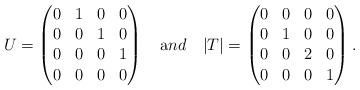
LaTeX: \begin{align*}U= \begin{pmatrix}0 & 1 & 0 & 0 \\0 & 0 & 1 & 0 \\0 & 0 & 0 & 1 \\0 & 0& 0 & 0 \end{pmatrix} \ \ \ {\text and } \ \ \ |T|= \begin{pmatrix}0& 0 & 0 & 0 \\0 & 1 & 0 & 0 \\0 & 0 & 2 & 0 \\0 & 0& 0 & 1 \end{pmatrix}.\end{align*}